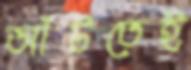
আঁটতেই